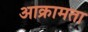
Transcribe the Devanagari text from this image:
आक्रामता